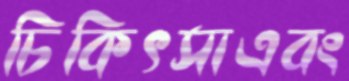
চিকিৎসাএবং